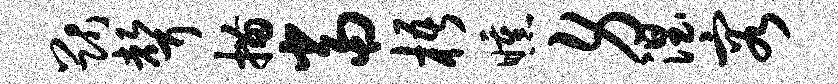
猷声描当梧曛身涅容